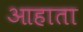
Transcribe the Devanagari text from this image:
आहाता